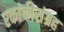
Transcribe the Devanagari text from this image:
एकांकीसंग्रह